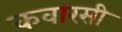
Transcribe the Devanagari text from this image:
कवारसी